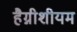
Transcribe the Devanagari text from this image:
हैग्नीशीयम